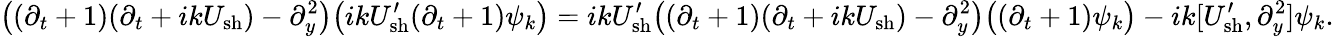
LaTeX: \big((\partial_{t}+1)(\partial_{t}+ikU_{\mathrm{sh}})-\partial_{y}^{2}\big)\big(ikU_{\mathrm{sh}}^{\prime}(\partial_{t}+1)\psi_{k}\big)=ikU_{\mathrm{sh}}^{\prime}\big((\partial_{t}+1)(\partial_{t}+ikU_{\mathrm{sh}})-\partial_{y}^{2}\big)\big((\partial_{t}+1)\psi_{k}\big)-ik[U_{\mathrm{sh}}^{\prime},\partial_{y}^{2}]\psi_{k}.